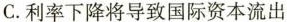
C. 利率下降将导致国际资本流出